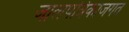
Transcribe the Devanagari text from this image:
जालपत्रिकाजगत